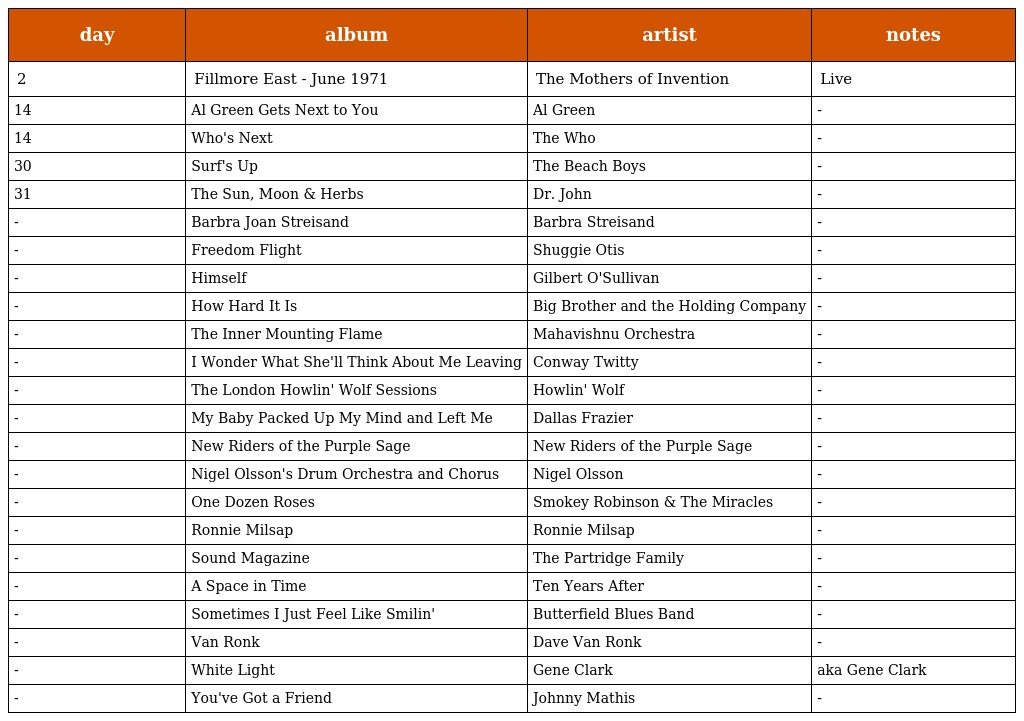
| day | album | artist | notes |
 | --- | --- | --- | --- |
 | 2 | Fillmore East - June 1971 | The Mothers of Invention | Live |
 | 14 | Al Green Gets Next to You | Al Green | - |
 | 14 | Who's Next | The Who | - |
 | 30 | Surf's Up | The Beach Boys | - |
 | 31 | The Sun, Moon & Herbs | Dr. John | - |
 | - | Barbra Joan Streisand | Barbra Streisand | - |
 | - | Freedom Flight | Shuggie Otis | - |
 | - | Himself | Gilbert O'Sullivan | - |
 | - | How Hard It Is | Big Brother and the Holding Company | - |
 | - | The Inner Mounting Flame | Mahavishnu Orchestra | - |
 | - | I Wonder What She'll Think About Me Leaving | Conway Twitty | - |
 | - | The London Howlin' Wolf Sessions | Howlin' Wolf | - |
 | - | My Baby Packed Up My Mind and Left Me | Dallas Frazier | - |
 | - | New Riders of the Purple Sage | New Riders of the Purple Sage | - |
 | - | Nigel Olsson's Drum Orchestra and Chorus | Nigel Olsson | - |
 | - | One Dozen Roses | Smokey Robinson & The Miracles | - |
 | - | Ronnie Milsap | Ronnie Milsap | - |
 | - | Sound Magazine | The Partridge Family | - |
 | - | A Space in Time | Ten Years After | - |
 | - | Sometimes I Just Feel Like Smilin' | Butterfield Blues Band | - |
 | - | Van Ronk | Dave Van Ronk | - |
 | - | White Light | Gene Clark | aka Gene Clark |
 | - | You've Got a Friend | Johnny Mathis | - |